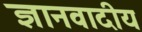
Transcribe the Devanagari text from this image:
ज्ञानवादीय